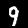
Label: 9